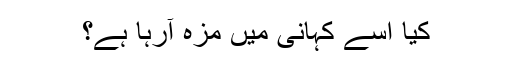
کیا اسے کہانی میں مزہ آرہا ہے؟